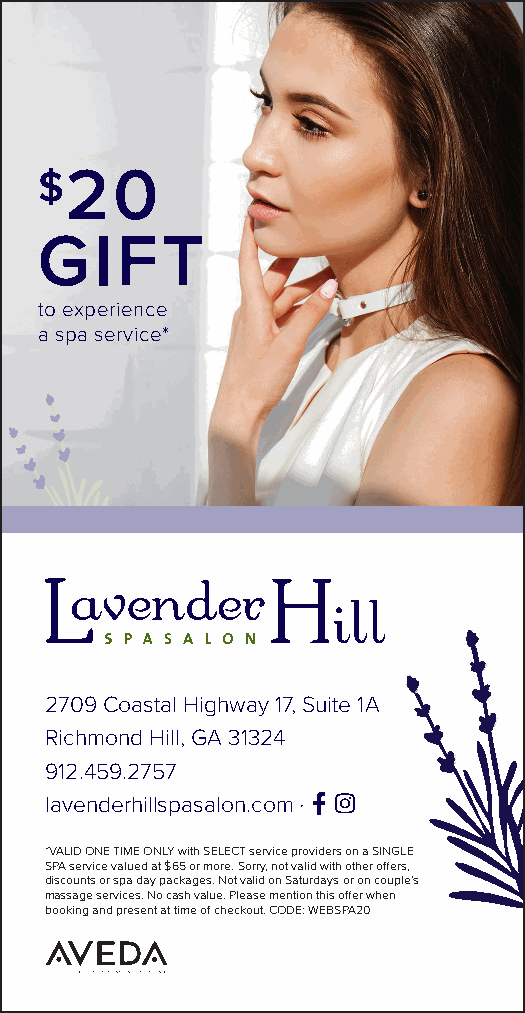
$20
 GIFT
 to experience
 a spa service*
 2709 Coastal Highway 17, Suite 1A
 Richmond Hill, GA 31324
 912.459.2757
 lavenderhillspasalon.com • Facebook-F 
 *VALID ONE TIME ONLY with SELECT service providers on a SINGLE
 SPA service valued at $65 or more. Sorry, not valid with other offers,
 discounts or spa day packages. Not valid on Saturdays or on couple’s
 massage services. No cash value. Please mention this offer when
 booking and present at time of checkout. CODE: WEBSPA20